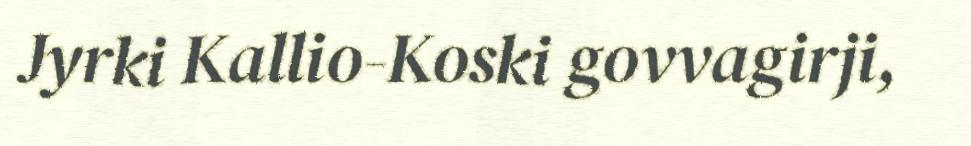
Jyrki Kallio-Koski govvagirji,